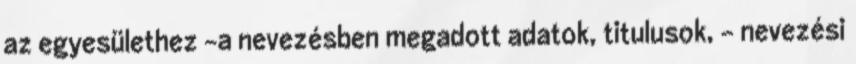
az egyesülethez -a nevezésben megadott adatok, titulusok, - nevezési